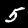
Label: 5